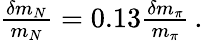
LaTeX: \begin{array}{r}{\frac{\delta m_{N}}{m_{N}}=0.13\frac{\delta m_{\pi}}{m_{\pi}}\, .}\end{array}